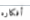
أفكاره